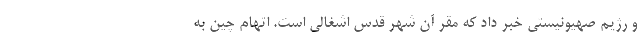
و رژیم صهیونیستی خبر داد که مقر آن شهر قدس اشغالی است. اتهام چین به